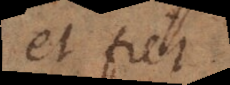
et fiet